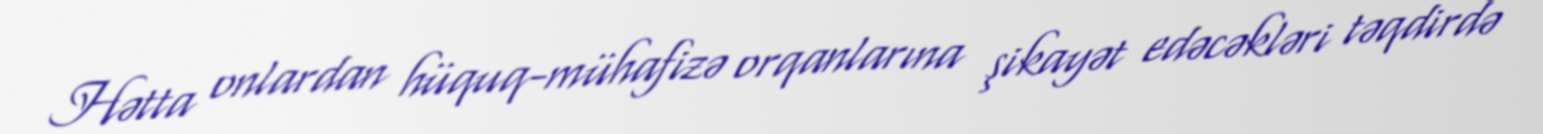
Hətta onlardan hüquq-mühafizə orqanlarına şikayət edəcəkləri təqdirdə